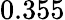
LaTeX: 0.355